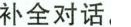
补全对话,